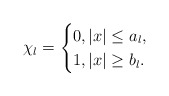
\begin{align*}\chi_{l}=\begin{cases}0, |x|\leq a_{l},\\1,|x|\geq b_{l}.\end{cases}\end{align*}